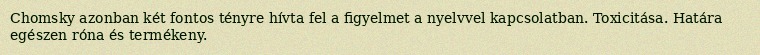
Chomsky azonban két fontos tényre hívta fel a figyelmet a nyelvvel kapcsolatban. Toxicitása. Határa egészen róna és termékeny.